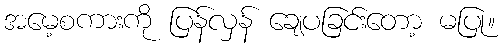
အမေ့စကားကို ပြန်လှန် ချေပခြင်းတော့ မပြု။